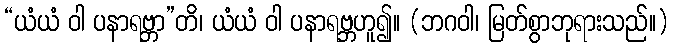
“ယံယံ ဝါ ပနာရဗ္ဘာ”တိ၊ ယံယံ ဝါ ပနာရဗ္ဘဟူ၍။ (ဘဂဝါ၊ မြတ်စွာဘုရားသည်။)